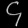
Digit: ၄